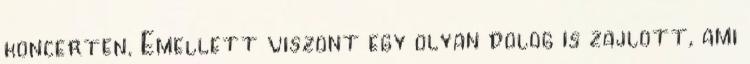
koncerten. Emellett viszont egy olyan dolog is zajlott, ami